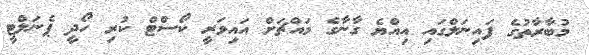
މުބާރާތުގެ ފައިނަލްގައި އިއްޔެ ގާނާގެ މައްޗަށް އައިވަރީ ކޯސްޓް ކުރި ހޯދީ ޕެނަލްޓީ